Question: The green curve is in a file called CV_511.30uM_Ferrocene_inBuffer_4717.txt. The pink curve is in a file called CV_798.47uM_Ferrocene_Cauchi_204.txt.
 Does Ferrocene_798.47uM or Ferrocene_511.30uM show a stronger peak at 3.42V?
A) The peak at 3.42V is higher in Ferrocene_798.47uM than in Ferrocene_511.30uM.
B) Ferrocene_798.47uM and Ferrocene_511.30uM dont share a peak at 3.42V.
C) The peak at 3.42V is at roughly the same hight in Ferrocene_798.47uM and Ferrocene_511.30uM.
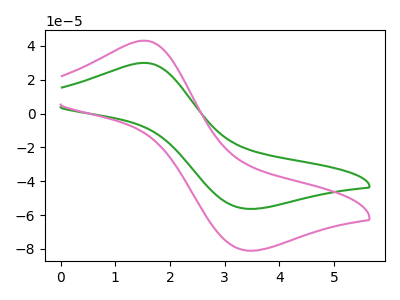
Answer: <think>The green curve "Ferrocene_511.30uM" has an anodic peak at (1.55V, 30.00uA) and a cathodic peak at (3.40V, -56.30uA). The pink curve "Ferrocene_798.47uM" has an anodic peak at (1.55V, 43.10uA) and a cathodic peak at (3.40V, -81.00uA).</think>
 <answer>A) The peak at 3.42V is higher in "Ferrocene_798.47uM" than in "Ferrocene_511.30uM".</answer>
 <eval>A</eval>